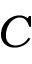
C